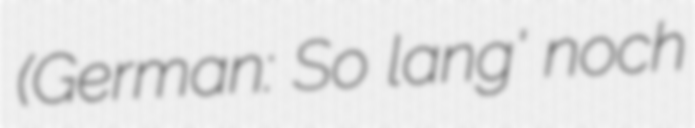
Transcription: (German: So lang' noch